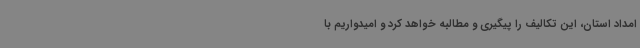
امداد استان، این تکالیف را پیگیری و مطالبه خواهد کرد و امیدواریم با